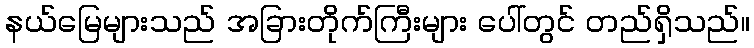
နယ်မြေများသည် အခြားတိုက်ကြီးများ ပေါ်တွင် တည်ရှိသည်။